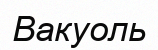
Вакуоль